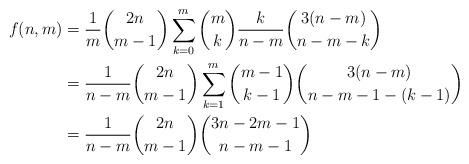
LaTeX: \begin{align*}f(n,m)&= \frac{1}{m}{2n \choose m-1}\sum_{k=0}^m {m \choose k} \frac{k}{n-m}{3(n-m) \choose n-m-k}\\&= \frac{1}{n-m}{2n \choose m-1}\sum_{k=1}^m {m-1 \choose k-1} {3(n-m) \choose n-m-1-(k-1)} \\&= \frac{1}{n-m}{2n \choose m-1}{3n-2m-1\choose n-m-1}\end{align*}